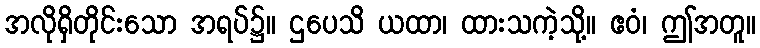
အလိုရှိတိုင်းသော အရပ်၌။ ဌပေသိ ယထာ၊ ထားသကဲ့သို့။ ဧဝံ၊ ဤအတူ။